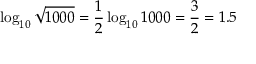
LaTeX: \log _ { 1 0 } { \sqrt { 1 0 0 0 } } = { \frac { 1 } { 2 } } \log _ { 1 0 } 1 0 0 0 = { \frac { 3 } { 2 } } = 1 . 5